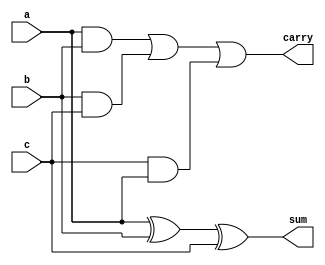
/*Full Adder*/


module full_adder(a,b,c,sum,carry);

	input a,b,c;
	output sum,carry;

	assign sum=a ^ b ^ c;
	assign carry= (a&b)|(b&c)|(c&a);

endmodule